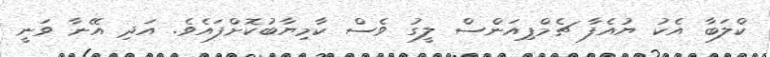
ކްލަބާ އެކު ޔުއެފާ ޗެމްޕިއަންސް ލީގު ވެސް ކާމިޔާބުކޮށްފައެވެ. އަދި އޭނާ ވަނީ